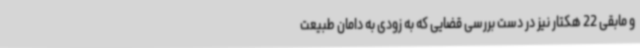
و مابقی 22 هکتار نیز در دست بررسی قضایی که به زودی به دامان طبیعت